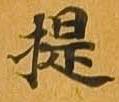
提